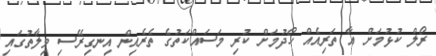
ރޯލް ކުޅުމަށް އާ ތަރިއެއް ހޯދުމަށް ކުރި މަސައްކަތުގެ ތެރެއިން އިނގިރޭސި ވިލާތުގައި